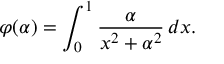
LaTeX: \varphi ( \alpha ) = \int _ { 0 } ^ { 1 } { \frac { \alpha } { x ^ { 2 } + \alpha ^ { 2 } } } \, d x .